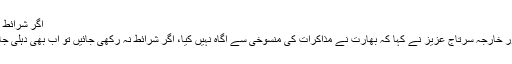
اگر شرائط نہ رکھی جائیں تو اب بھی دہلی جانے کو تیار ہوں، سرتاج عزیز -
اسلام آباد : وزیر اعظم نواز شریف کے مشیر برائے سیکیورٹی امور خارجہ سرتاج عزیز نے کہا کہ بھارت نے مذاکرات کی منسوخی سے آگاہ نہیں کیا، اگر شرائط نہ رکھی جائیں تو اب بھی دہلی جانے کو تیار ہوں، کشمیرکے بغیربھارت سے مذاکرات ممکن نہیں۔